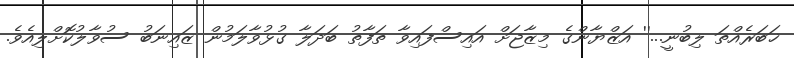
ޚަބަރެއްތަ ލިބުނީ...'' އަޒްޔާންގެ މިޒާޖަށް އައިސްފައިވާ ތަފާތު ބަދަލާ ގުޅުވާލަމުން ޒައިނަބު ސުވާލުކޮށްލިއެވެ.